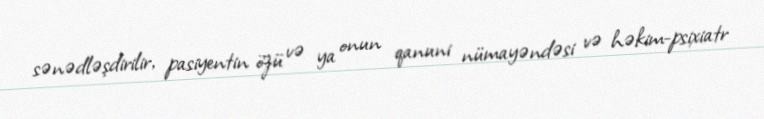
sənədləşdirilir, pasiyentin özü və ya onun qanuni nümayəndəsi və həkim-psixiatr